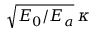
\sqrt { E _ { 0 } / E _ { a } } \, \kappa